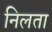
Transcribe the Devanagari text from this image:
निलता